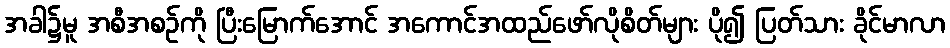
အခါ၌မူ အစီအစဉ်ကို ပြီးမြောက်အောင် အကောင်အထည်ဖော်လိုစိတ်များ ပို၍ ပြတ်သား ခိုင်မာလာ